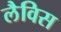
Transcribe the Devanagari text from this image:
लैविस